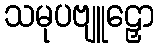
သမုပဗျူဠှော